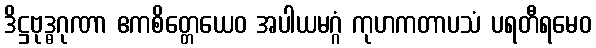
ဒိဋ္ဌဗုဒ္ဓဂုဏာ ဧကစိတ္တေယေဝ အပါယမဂ္ဂံ ကုဟကတာပသံ ပရတီရမေဝ